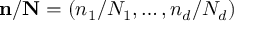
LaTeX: \mathbf { n } / \mathbf { N } = \left( n _ { 1 } / N _ { 1 } , \ldots , n _ { d } / N _ { d } \right)